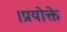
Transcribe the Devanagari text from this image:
।प्रयोक्ते